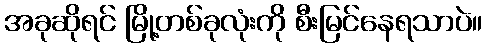
အခုဆိုရင် မြို့တစ်ခုလုံးကို စီးမြင်နေရသာပဲ။